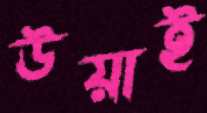
উয়াই